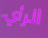
الرأي